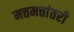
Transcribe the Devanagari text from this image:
मत्तमत्तांतरी